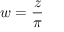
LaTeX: w = { \frac { z } { \pi } }